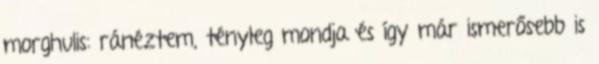
morghulis: ránéztem, tényleg mondja és így már ismerősebb is